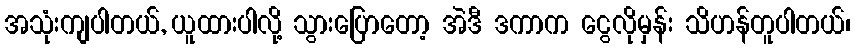
အသုံးကျပါတယ်, ယူထားပါလို့ သွားပြောတော့ အဲဒီ ဒကာက ငွေလိုမှန်း သိဟန်တူပါတယ်၊